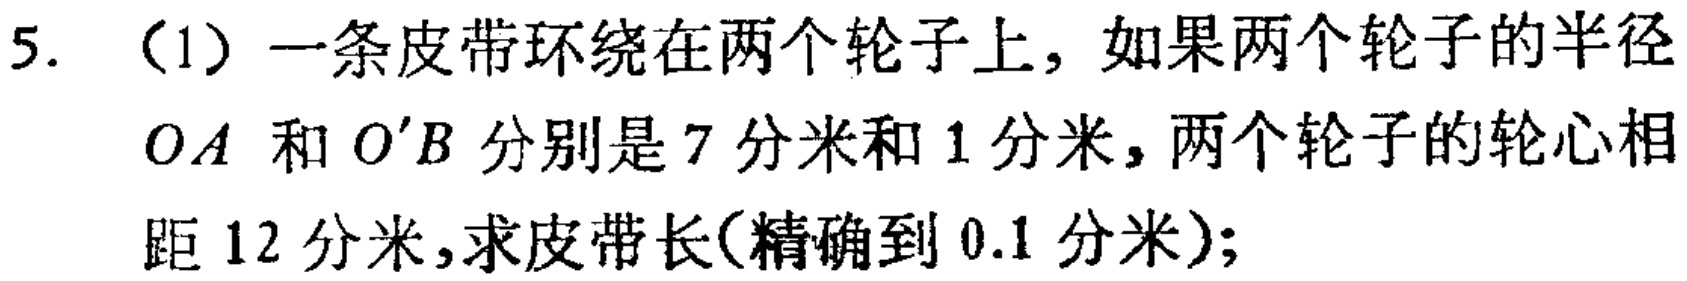
5. （1）一条皮带环绕在两个轮子上，如果两个轮子的半径

\(OA\) 和 \(O'B\) 分别是 \(7\) 分米和 \(1\) 分米，两个轮子的轮心相

距 \(12\) 分米，求皮带长(精确到 \(0.1\) 分米)；